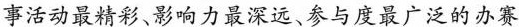
事活动最精彩、影响力最深远、参与度最广泛的办赛